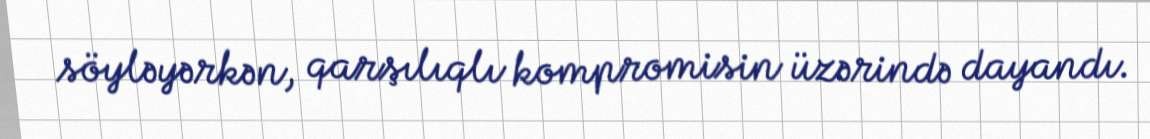
söyləyərkən, qarşılıqlı kompromisin üzərində dayandı.